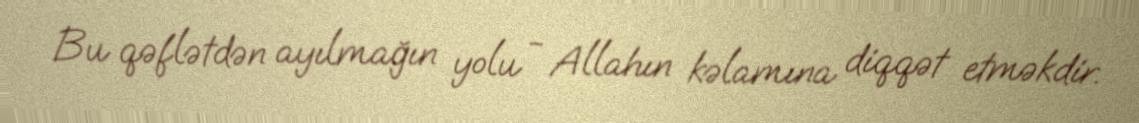
Bu qəflətdən ayılmağın yolu - Allahın kəlamına diqqət etməkdir.